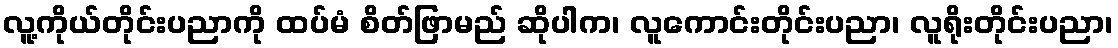
လူ့ကိုယ်တိုင်းပညာကို ထပ်မံ စိတ်ဖြာမည် ဆိုပါက၊ လူကောင်းတိုင်းပညာ၊ လူရိုးတိုင်းပညာ၊